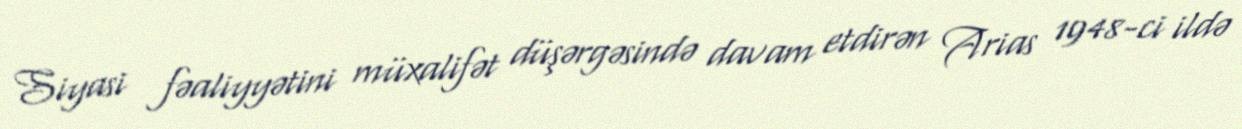
Siyasi fəaliyyətini müxalifət düşərgəsində davam etdirən Arias 1948-ci ildə